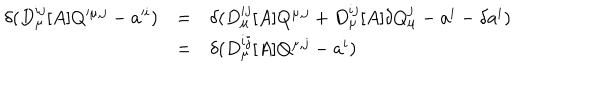
\begin{array} { r l l } { { \delta ( D _ { \mu } ^ { i j } [ A ] Q ^ { \mu , j } - a ^ { i } ) } } & { { = } } & { { \delta ( D _ { \mu } ^ { i j } [ A ] Q ^ { \mu , j } + D _ { \mu } ^ { i j } [ A ] \delta Q _ { \mu } ^ { j } - a ^ { i } - \delta a ^ { i } ) } } \\ { { } } & { { = } } & { { \delta ( D _ { \mu } ^ { i j } [ A ] Q ^ { \mu , j } - a ^ { i } ) } } \\ \end{array}